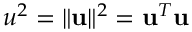
u ^ { 2 } = \| \mathbf { u } \| ^ { 2 } = \mathbf { u } ^ { T } \mathbf { u }